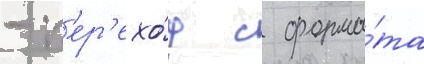
- п'ер'ехо́д с форма́та